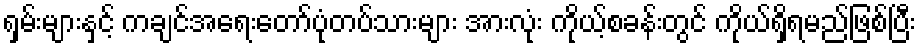
ရှမ်းများနှင့် ကချင်အရေးတော်ပုံတပ်သားများ အားလုံး ကိုယ့်စခန်းတွင် ကိုယ်ရှိရမည်ဖြစ်ပြီး